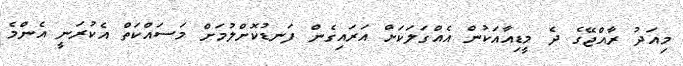
މިއަދު ރާއްޖޭގެ ދެ މީޑިއާއަކުން އެއްގަލަކަށް އަރައިގެން ފަނޑުކޮށްލުމަށް މަސައްކަތް އެކުރަނީ އެންމެ